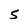
Character: S